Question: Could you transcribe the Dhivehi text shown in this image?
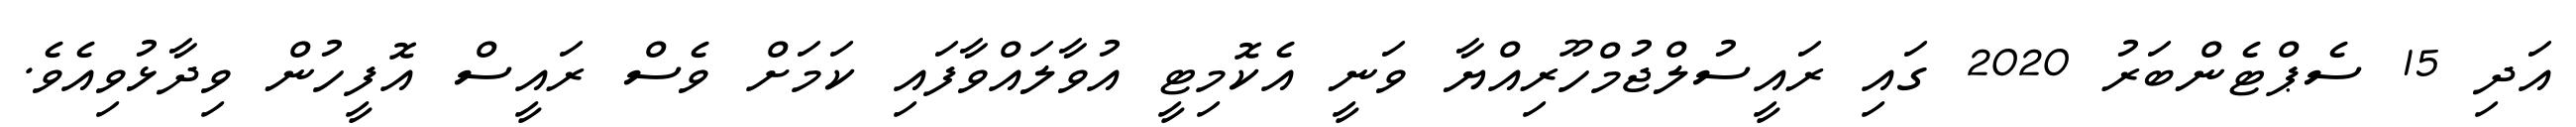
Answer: އަދި 15 ސެޕްޓެންބަރު 2020 ގައި ރައީސުލްޖުމްހޫރިއްޔާ ވަނީ އެކޮމިޓީ އުވާލައްވާފައި ކަމަށް ވެސް ރައީސް އޮފީހުން ވިދާޅުވިއެވެ.